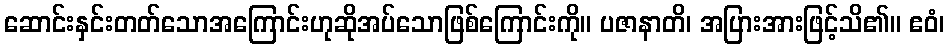
ဆောင်းနှင်းတတ်သောအကြောင်းဟုဆိုအပ်သောဖြစ်ကြောင်းကို။ ပဇာနာတိ၊ အပြားအားဖြင့်သိ၏။ ဧဝံ၊